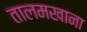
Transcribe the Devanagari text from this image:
तालमखाना